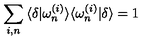
\sum _ { i , n } \: \langle \delta | \omega _ { n } ^ { ( i ) } \rangle \langle \omega _ { n } ^ { ( i ) } | \delta \rangle = 1